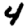
Digit: 4